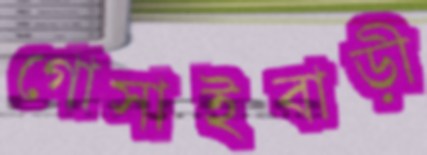
গোসাইবাড়ী